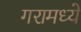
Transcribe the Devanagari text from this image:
गरामध्ये